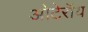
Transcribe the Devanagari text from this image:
ओटेरॉय